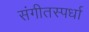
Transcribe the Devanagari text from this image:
संगीतस्पर्धा